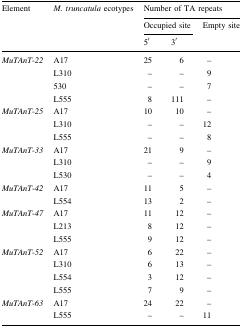
| <ROWSPAN=3> Element | <ROWSPAN=3> M. truncatula ecotypes | <COLSPAN=3> Number of TA repeats |
 | <COLSPAN=2> Occupied site | <ROWSPAN=2> Empty site |
 | 5′ | 3′ |
 | --- | --- | --- | --- | --- |
 | <ROWSPAN=4> MuTAnT-22 | A17 | 25 | 6 | – |
 | L310 | – | – | 9 |
 | 530 | – | – | 7 |
 | L555 | 8 | 111 | – |
 | <ROWSPAN=3> MuTAnT-25 | A17 | 10 | 10 | – |
 | L310 | – | – | 12 |
 | L555 | – | – | 8 |
 | <ROWSPAN=3> MuTAnT-33 | A17 | 21 | 9 | – |
 | L310 | – | – | 9 |
 | L530 | – | – | 4 |
 | <ROWSPAN=2> MuTAnT-42 | A17 | 11 | 5 | – |
 | L554 | 13 | 2 | – |
 | <ROWSPAN=3> MuTAnT-47 | A17 | 11 | 12 | – |
 | L213 | 8 | 12 | – |
 | L555 | 9 | 12 | – |
 | <ROWSPAN=4> MuTAnT-52 | A17 | 6 | 22 | – |
 | L310 | 6 | 13 | – |
 | L554 | 3 | 12 | – |
 | L555 | 7 | 9 | – |
 | <ROWSPAN=2> MuTAnT-63 | A17 | 24 | 22 | – |
 | L555 | – | – | 11 |